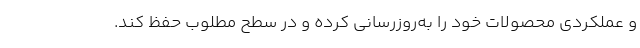
و عملكردي محصولات خود را به‌روزرساني كرده و در سطح مطلوب حفظ كند.